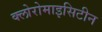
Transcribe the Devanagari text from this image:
क्लोरोमाइसिटीन